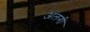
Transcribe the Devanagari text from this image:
अलगी